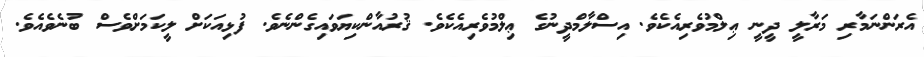
އެރަންނަމާރި މަރާލީ ދީނީ ޢިލްމުވެރިއެކެވެ. އިސްލާމްދީނުގެ ޢިލްމުވެރިއެކެވެ. ޤުރުއާންކިޔަވައިގެންނެވެ. ފުޅިއަކަށް ލީކަމަށްވެސް ބުނެވެއެވެ.